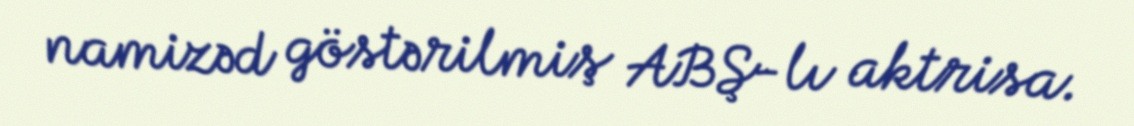
namizəd göstərilmiş ABŞ-lı aktrisa.